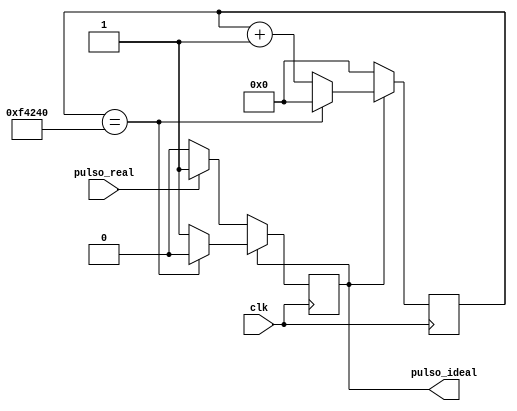
module Filtro_Rebote (
	input clk, pulso_real,
	output reg pulso_ideal = 1'b0 
);

reg [31:0] counter = 32'd0;

parameter duracion_ms = 32'd20; //Duracion en milisegundos del pulso 

always @(posedge clk) begin

	if(pulso_ideal) begin
		if(counter == (32'd50000*duracion_ms)) begin // 50000 = 1ms
		//if(counter == 32'd4) begin // 50000 = 1ms
			counter = 32'd0;
			pulso_ideal = 1'b0; 
		end 
		else begin
			counter = counter + 32'd1;
			pulso_ideal = 1'b1;
		end
	end
	else begin
		counter = 32'd0;
		
		if(pulso_real)
			pulso_ideal = 1'b1;
		else
			pulso_ideal = pulso_ideal;
	end
	
end

endmodule